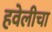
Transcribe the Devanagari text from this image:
हवेलीचा